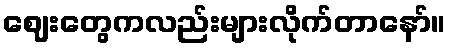
ဈေးတွေကလည်းများလိုက်တာနော်။